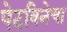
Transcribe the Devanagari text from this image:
पेटविनेचा